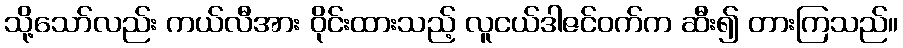
သို့သော်လည်း ကယ်လီအား ဝိုင်းထားသည့် လူငယ်ဒါဇင်ဝက်က ဆီး၍ တားကြသည်။